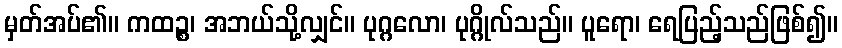
မှတ်အပ်၏။ ကထဉ္စ၊ အဘယ်သို့လျှင်။ ပုဂ္ဂလော၊ ပုဂ္ဂိုလ်သည်။ ပူရော၊ ရေပြည့်သည်ဖြစ်၍။